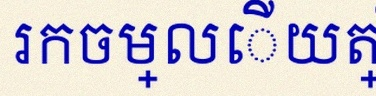
រកចម្លើយត្រឹមត្រូវ